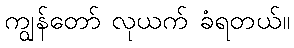
ကျွန်တော် လုယက် ခံရတယ်။